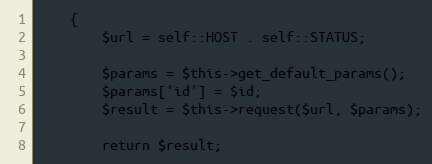
Language: PHP
    {
        $url = self::HOST . self::STATUS;

        $params = $this->get_default_params();
        $params['id'] = $id;
        $result = $this->request($url, $params);

        return $result;